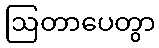
ဩတာပေတွာ